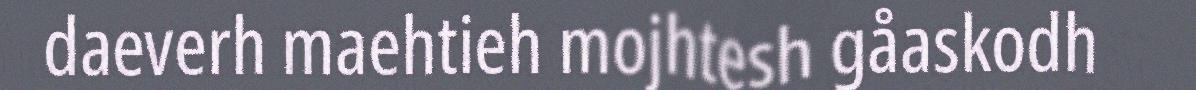
daeverh maehtieh mojhtesh gåaskodh